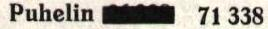
Puhelin       71 338